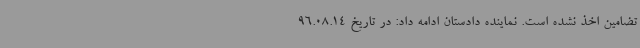
تضامین اخذ نشده است. نماینده دادستان ادامه داد: در تاریخ 96.08.14